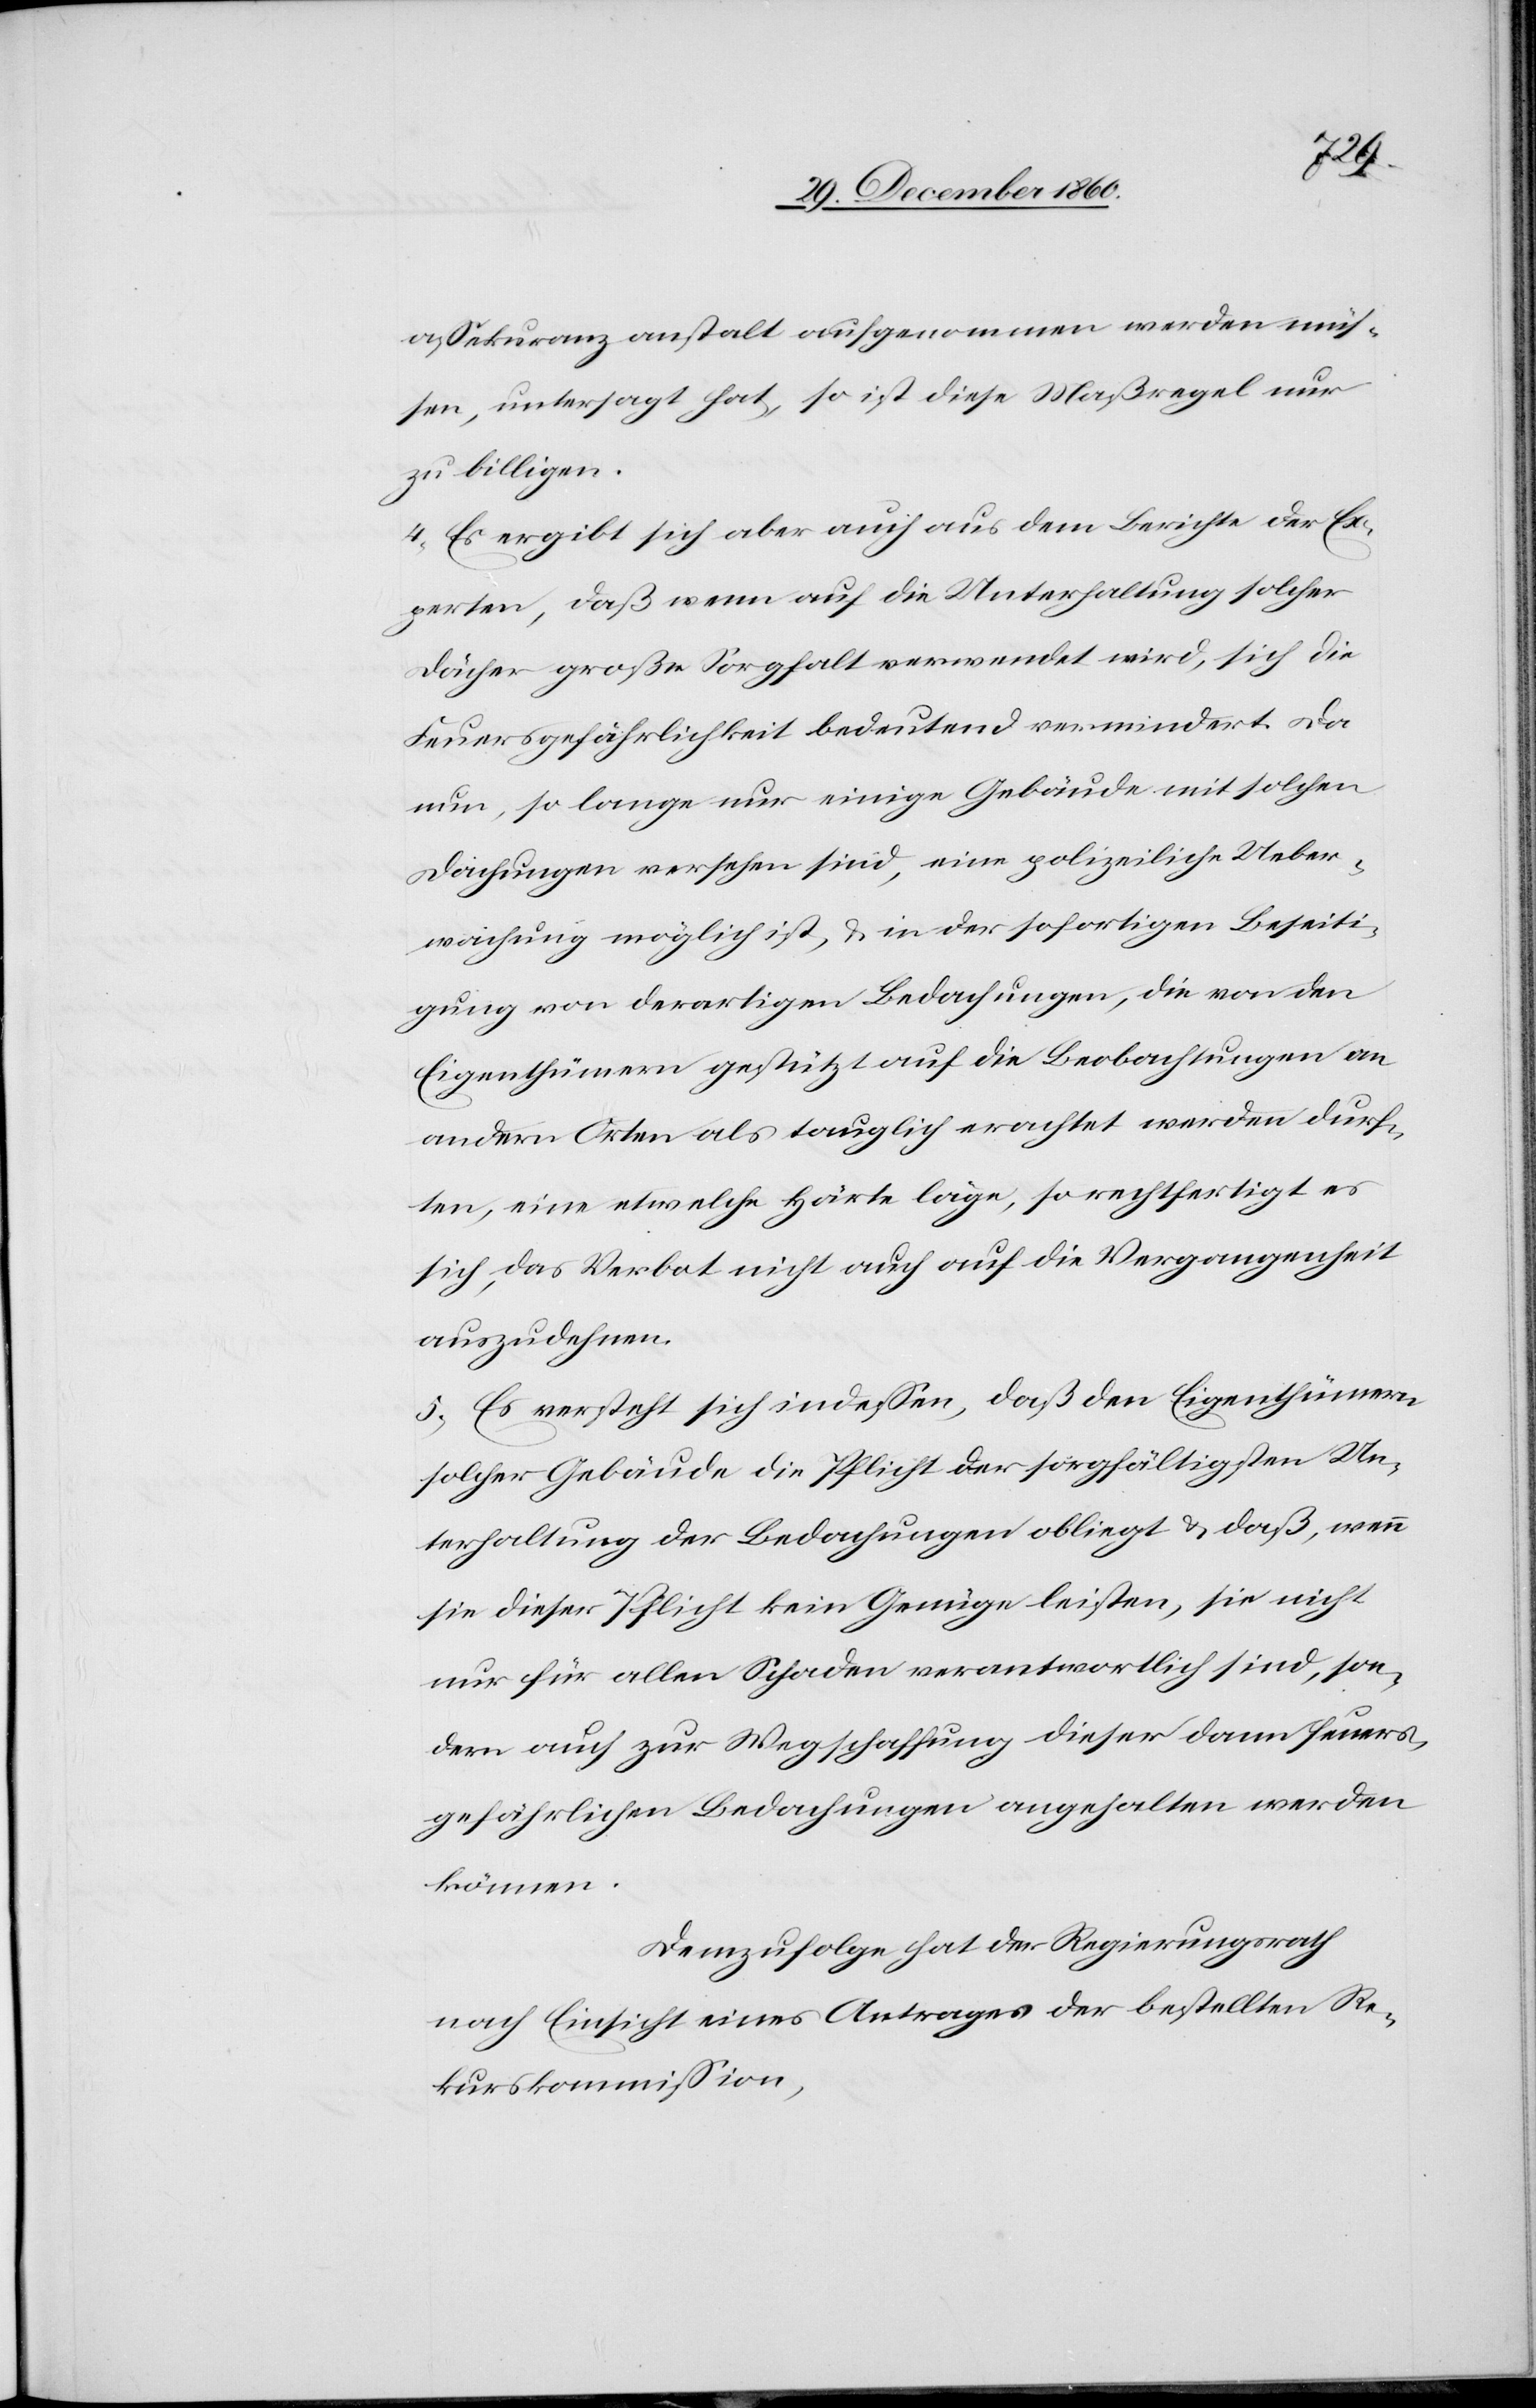
assekuranzanstalt aufgenommen werden müs¬
sen, untersagt hat, so ist diese Maßregel nur
zu billigen.
4. Es ergibt sich aber auch aus dem Berichte der Ex¬
perten, daß wenn auf die Unterhaltung solcher
Dächer große Sorgfalt verwendet wird, sich die
Feuersgefährlichkeit bedeutend vermindert. Da
nun, so lange nur einige Gebäude mit solchen
Dachungen versehen sind, eine polizeiliche Ueber¬
wachung möglich ist, u. in der sofortigen Beseiti¬
gung von derartigen Bedachungen, die von den
Eigenthümern gestützt auf die Beobachtungen an
andern Orten als tauglich erachtet werden durf¬
ten, eine etwelche Härte läge, so rechtfertigt es
sich, das Verbot nicht auch auf die Vergangenheit
auszudehnen.
5. Es versteht sich indessen, daß den Eigenthümern
solcher Gebäude die Pflicht der sorgfältigsten Un¬
terhaltung der Bedachungen obliegt u. daß, wenn
sie dieser Pflicht kein Genüge leisten, sie nicht
nur für allen Schaden verantwortlich sind, son¬
dern auch zur Wegschaffung dieser dann feuers¬
gefährlichen Bedachungen angehalten werden
können.
Demzufolge hat der Regierungsrath
nach Einsicht eines Antrages der bestellten Re¬
kurskommission,